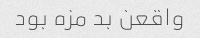
واقعن بد مزه بود